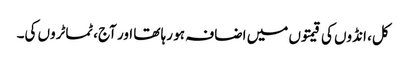
کل، انڈوں کی قیمتوں میں اضافہ ہو رہا تھا اور آج، ٹماٹروں کی۔